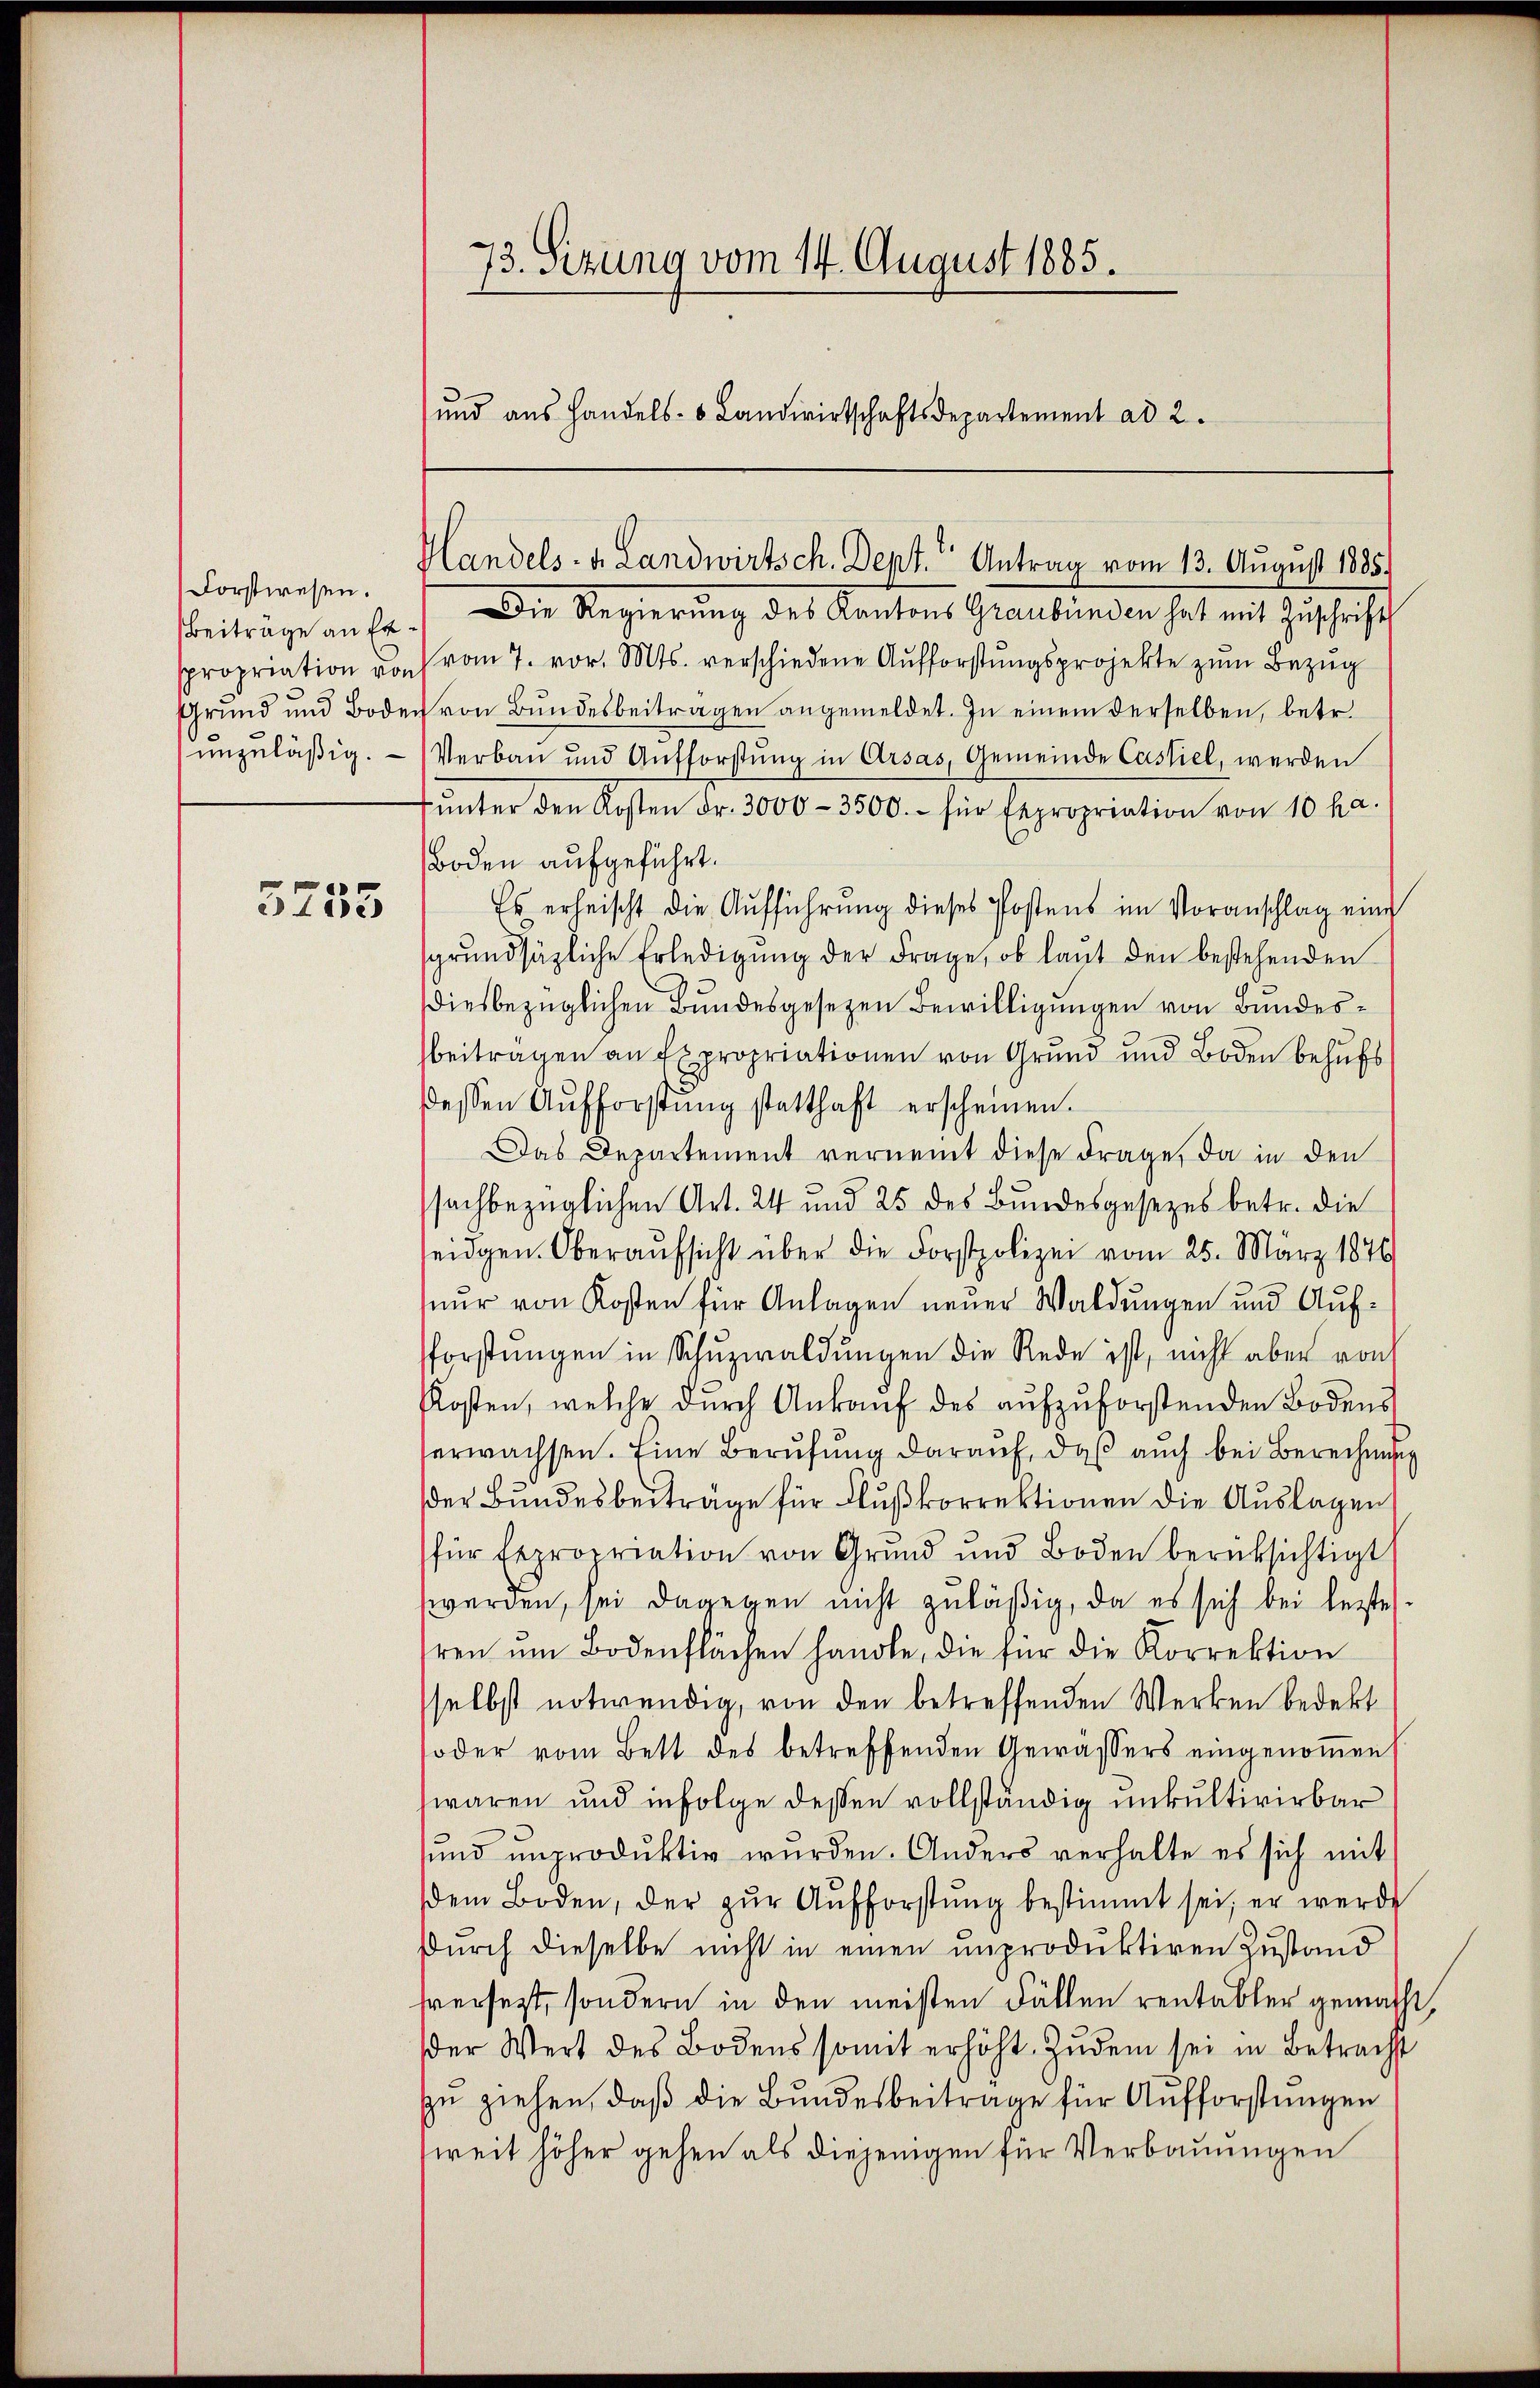
Forstwesen.
Beiträge an Er¬

5755

73. Sizung vom 14. August 1885.
ŭnd aŭs Handels- & Landwirtschaftsdepartement ad 2.

Handels- u. Landwirtsch. Dept. Antrag vom 13. August 1885.

Die Regierung des Kantons Graubünden hat mit Zuschrift
propriation von vom 7. vor. Mts. verschiedene Aufforstŭngsprojekte zum Bezug
Grŭnd und Boden von Bŭndesbeitragen angemeldet. In einem derselben, betr.
unzuläßig. Verbau und Aufforstŭng in Arsas, Gemeinde Castiel, werden
ŭnter den Kosten Fr. 3000-3500.- für Expropriation von 10 ha.
Boden aufgeführt.
Es erheischt die Aufführung dieses Postens im Voranschlag eine
grŭndsätzliche Erledigŭng der Frage, ob laŭt den bestehenden
iesbezüglichen Bundesgesezen Bewilligungen von Bundesbeiträgen an Expropriationen von Grund und Boden behufs
dessen Aŭfforstŭng statthaft erscheinen.
Das Departement vernannt diese Frage, da in den
sachbezüglichen Art. 24 und 25 des Bundesgesezes betr. die
eidgen. Oberaŭfsicht über die Forstpolizei vom 25. März 1876
nur von Kosten für Anlagen neuer Waldungen und Aufforstŭngen in Schŭzwaldungen die Rede ist, nicht aber von
Kosten, welche durch Ankauf des aufzuforstenden Bodens
erwachsen. Eine Berufung darauf, daß auch bei Berechnung
der Bundesbeiträge für Flußkorrektionen die Auslagen
für sepropriation von Grund und Boden berücksichtigt
werden, sei dagegen nicht zuläßig, da es sich bei lezte
ren ŭm Bodenflächen handle, die für die Korrektion
selbst notwendig, von den betreffenden Werken bedekt
oder vom Bett des betreffenden Gewässers eingenoṁen
waren und infolge dessen vollständig unkultivirbar
ŭnd unproduktiv wŭrden. Anders verhalte es sich mit
dem Boden, der zŭr Aŭfforstŭng bestimmt sei; er werde
durch dieselbe nicht in einen unproduktiven Zustand
hversezt, sondern in den meisten Fällen rentabler gemacht,
der Wert des Bodens somit erhöht. Zŭdem sei in Betracht
zŭ ziehen, daß die Bundesbeitrage für Aufforstungen
weit höher gehen als diejenigen für Verbauungen